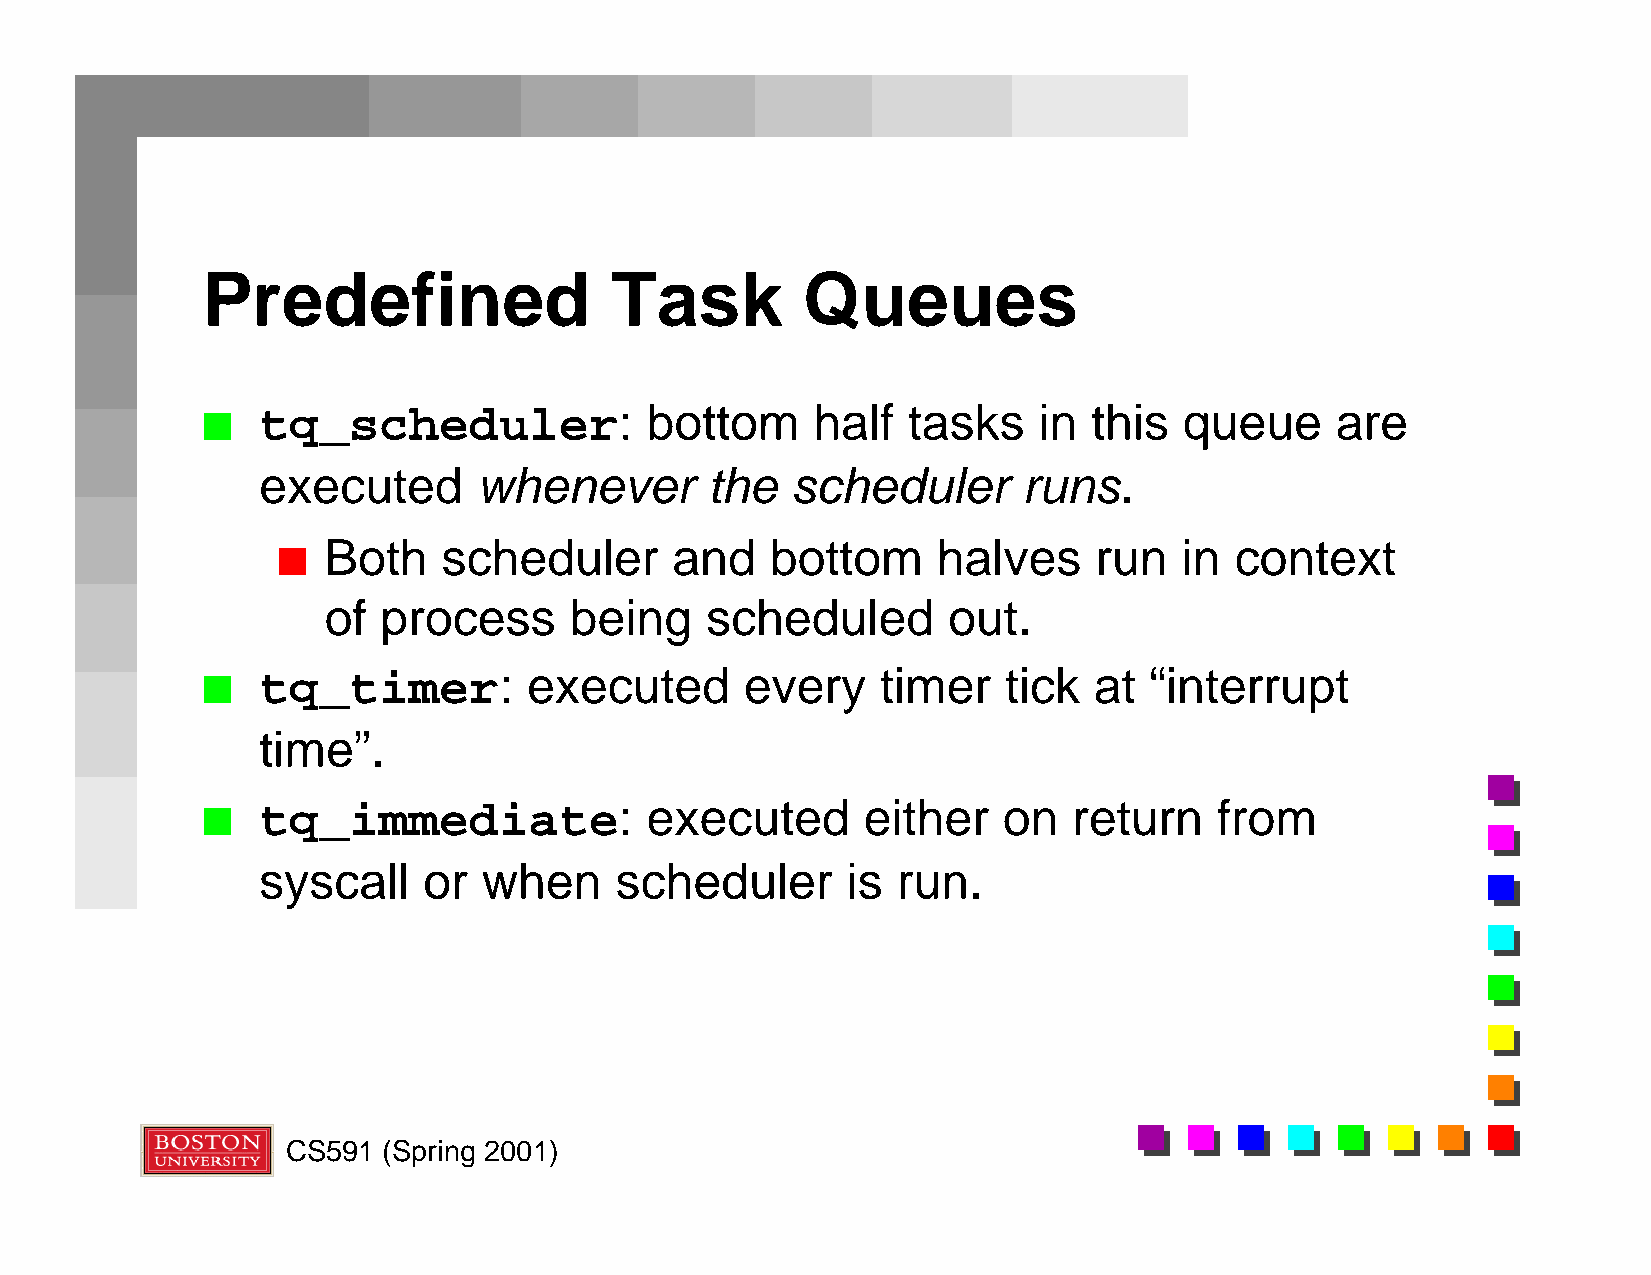
Predefined                 Task         Queues
 tq_scheduler:             bottom     half  tasks    in this  queue     are
 n
 executed       whenever       the  scheduler       runs.
 Both    scheduler      and    bottom     halves    run   in  context
 n
 of  process      being    scheduled       out.
 tq_timer:         executed      every    timer   tick  at  “interrupt
 n
 time”.
 tq_immediate:             executed      either   on   return    from
 n
 syscall    or  when     scheduler      is run.
 CS591 (Spring 2001)